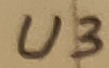
Text: U3